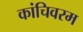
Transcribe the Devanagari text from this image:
कांचिवरम